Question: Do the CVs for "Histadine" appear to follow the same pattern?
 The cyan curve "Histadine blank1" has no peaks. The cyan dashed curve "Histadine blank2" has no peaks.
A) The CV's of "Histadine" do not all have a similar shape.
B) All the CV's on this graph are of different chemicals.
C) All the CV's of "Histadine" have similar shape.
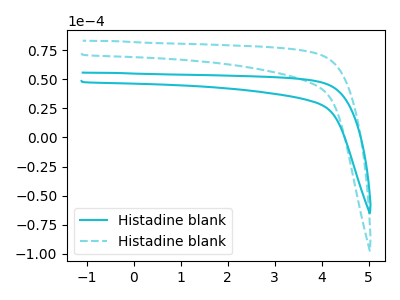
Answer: <think>Neither "Histadine blank1" or "Histadine blank2" have any peaks.
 </think>
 <answer>C) All the CV's of "Histadine" have similar shape.</answer>
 <eval>C</eval>